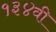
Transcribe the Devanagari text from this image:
१३४वी